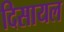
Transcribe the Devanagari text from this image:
दिसायल